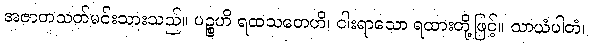
အဇာတသတ်မင်းသားသည်။ ပဉ္စဟိ ရထသတေဟိ၊ ငါးရာသော ရထားတို့ဖြင့်။ သာယံပါတံ၊